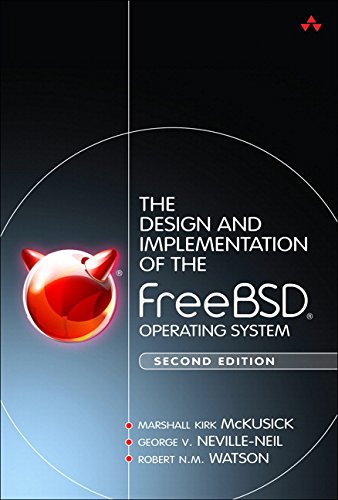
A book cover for The Design and Implementation of the FreeBSD Operating System (2nd Edition); Marshall Kirk McKusick; Computers & Technology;